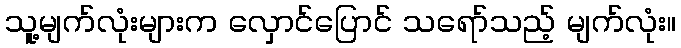
သူ့မျက်လုံးများက လှောင်ပြောင် သရော်သည့် မျက်လုံး။